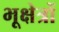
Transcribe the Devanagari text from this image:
भूक्षेत्रों